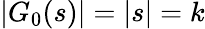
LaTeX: |G_{0}(s)|=|s|=k